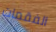
الفقمات